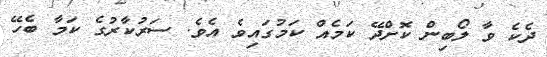
ދެކެ ވާ ލޯބިން ކޮށްދޭ ކަމެއް ކަމުގައިވެ އެވެ. ސަރުކާރުގެ ކަމާ ބެހޭ